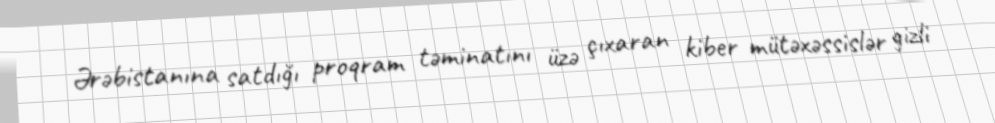
Ərəbistanına satdığı proqram təminatını üzə çıxaran kiber mütəxəssislər gizli